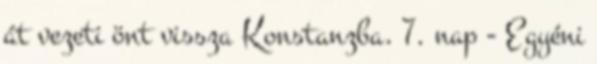
át vezeti önt vissza Konstanzba. 7. nap - Egyéni